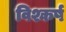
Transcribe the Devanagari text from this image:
विश्कर्ष